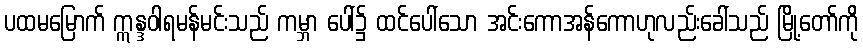
ပထမမြောက် ဣန္ဒဝါရမန်မင်းသည် ကမ္ဘာ ပေါ်၌ ထင်ပေါ်သော အင်းကောအန်ကောဟုလည်းခေါ်သည် မြို့တော်ကို